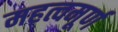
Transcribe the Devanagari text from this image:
महत्वमूर्ण